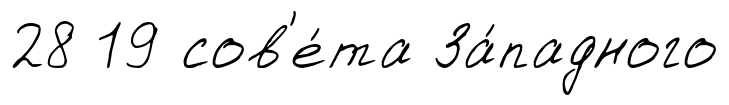
28 19 сов'е́та За́падного